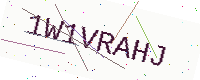
Text: 1W1VRAHJ